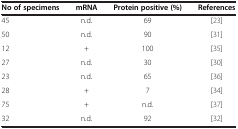
<table><thead><tr><td><b>No of specimens</b></td><td><b>mRNA</b></td><td><b>Protein positive (%)</b></td><td><b>References</b></td></tr></thead><tbody><tr><td>45</td><td>n.d.</td><td>69</td><td>[23]</td></tr><tr><td>50</td><td>n.d.</td><td>90</td><td>[31]</td></tr><tr><td>12</td><td>+</td><td>100</td><td>[35]</td></tr><tr><td>27</td><td>n.d.</td><td>30</td><td>[30]</td></tr><tr><td>23</td><td>n.d.</td><td>65</td><td>[36]</td></tr><tr><td>28</td><td>+</td><td>7</td><td>[34]</td></tr><tr><td>75</td><td>+</td><td>n.d.</td><td>[37]</td></tr><tr><td>32</td><td>n.d.</td><td>92</td><td>[32]</td></tr></tbody></table>